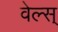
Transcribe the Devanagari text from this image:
वेल्स्